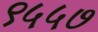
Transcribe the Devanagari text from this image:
९५५७